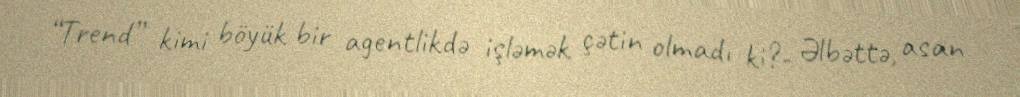
“Trend” kimi böyük bir agentlikdə işləmək çətin olmadı ki?- Əlbəttə, asan